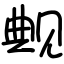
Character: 觍